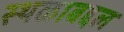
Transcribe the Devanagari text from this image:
स्थळाबद्दल